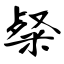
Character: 粲